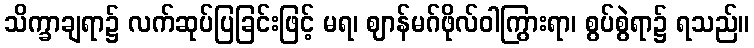
သိက္ခာချရာ၌ လက်ဆုပ်ပြခြင်းဖြင့် မရ၊ ဈာန်မဂ်ဖိုလ်ဝါကြွားရာ၊ စွပ်စွဲရာ၌ ရသည်။